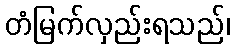
တံမြက်လှည်းရသည်၊